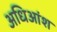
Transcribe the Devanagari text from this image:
अधिआंश